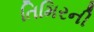
તિમિરની